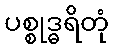
ပစ္စုဒ္ဓရိတုံ